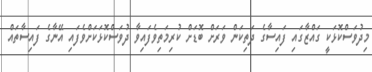
މިދުވަސްކޮޅަކީ ގައްޒާގައި ފައިސާގެ ދަތިކަން ވަރަށް ބޮޑަށް ކުރިމަތިވެފައިވާ ދުވަސްކޮޅަކަށްވެފައި އޭނާގެ ފައިސާތައް